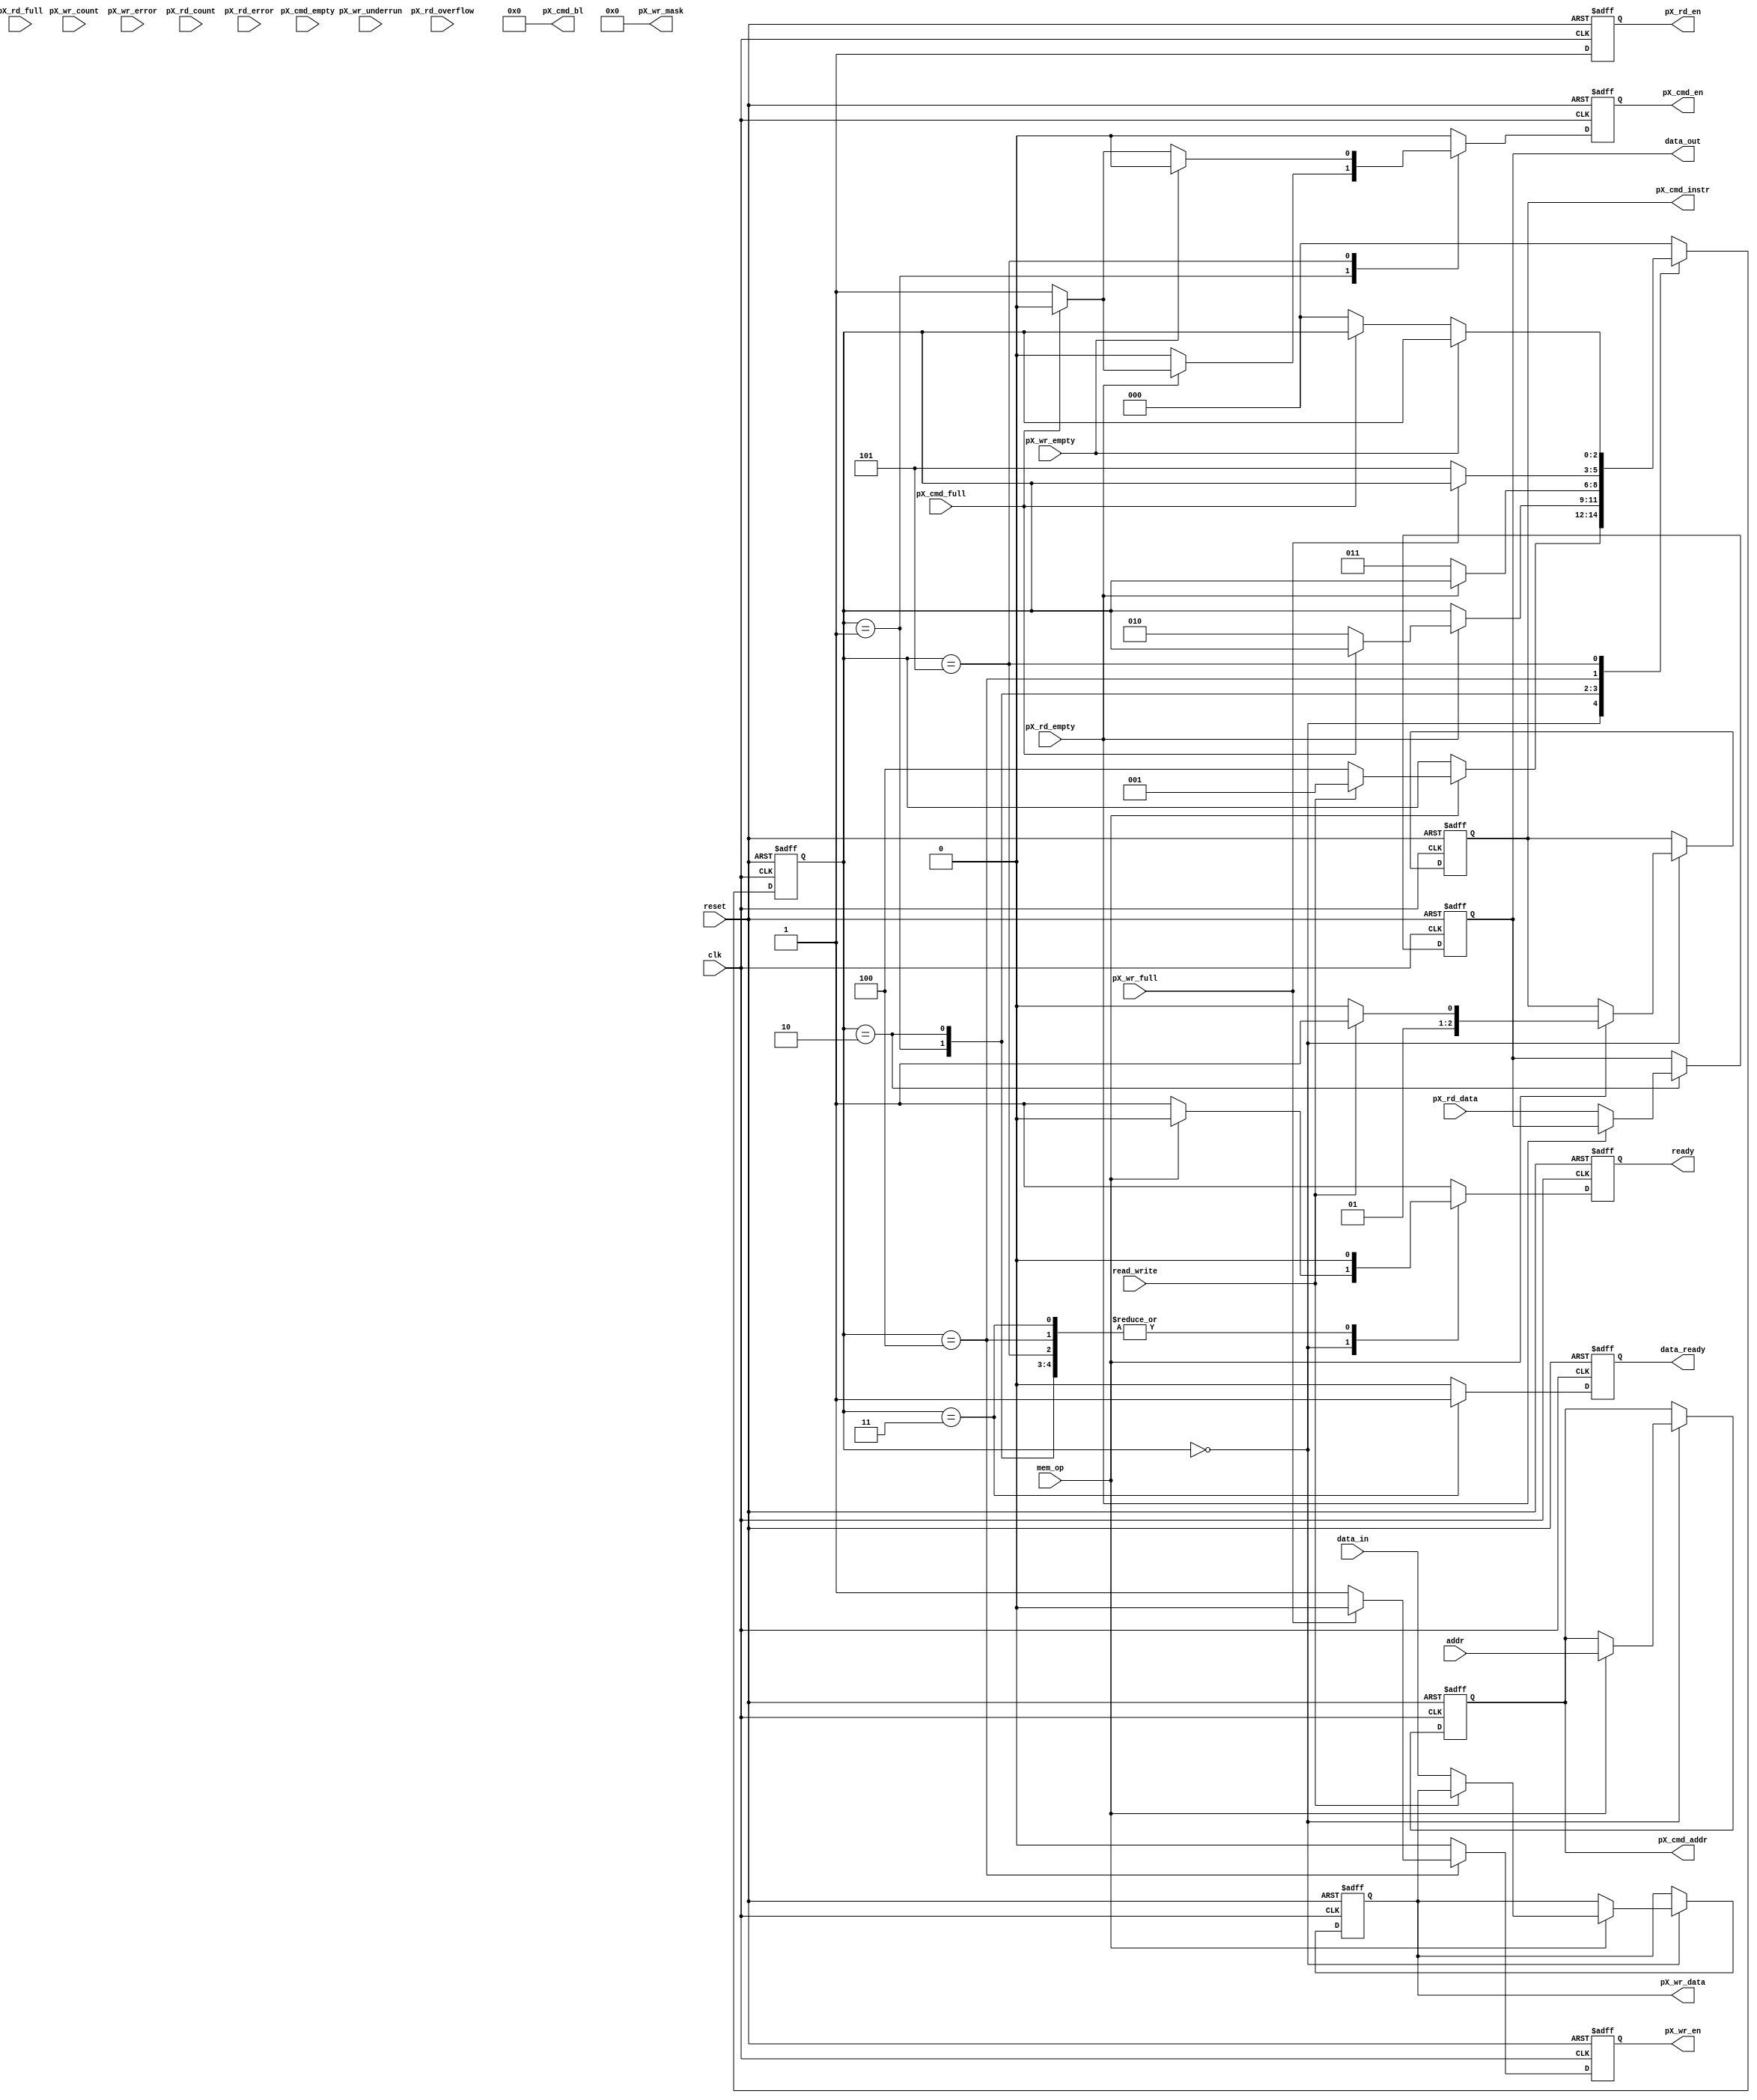
//////////////////////////////////////////////////////////////////////////////////
//
// This controller handles read and write operation from external controllers to
// the DDR2 RAM on the SP601 FPGA through the Memory Controller Block (MCB).
//
// Designed by: Andrei Hanu 
// 
// Last Edited:	 01/30/2013
//
//////////////////////////////////////////////////////////////////////////////////

module Memory_Read_Write_Controller(
		// Input Clock & Reset
		input wire clk, reset,
		
		// To & From Main Controller
		output wire ready,					// Controller status signal (1 == IDLE == ready)
		output wire [31:0] data_out,		// Data from RAM
		input wire [31:0] data_in,			// Data to be written to RAM
		input wire [29:0] addr,				// Address location on the RAM
		input wire read_write,				// Specifies read (1) or write (0) operation
		input wire mem_op,					// Initiate memory operation ( mem_op == 1 )
		output wire data_ready,				// Data ready strobe (1 clock cycle)
		
		// To & From MCB		
		// Command Port
		output wire pX_cmd_en,				// Command FIFO write enable (Active HIGH)
		output wire [2:0] pX_cmd_instr,	// Command FIFO command code
		output wire [5:0] pX_cmd_bl,		// Command FIFO burst length
		output wire [29:0] pX_cmd_addr,	// Command FIFO byte start address
		input wire pX_cmd_empty,			// Command FIFO Empty Flag (Active HIGH)
		input wire pX_cmd_full,				// Command FIFO Full Flag (Active HIGH)
		
		// Write Port		
		output wire pX_wr_en,				// Write FIFO write enable (Active HIGH)
		output wire [3:0] pX_wr_mask,		// Write FIFO data mask bits 
		output wire [31:0] pX_wr_data,	// Write FIFO data value to be loaded into memory
		input wire pX_wr_full,				// Write FIFO full flag (Active HIGH)
		input wire pX_wr_empty,				// Write FIFO empty flag (Active HIGH)
		input wire [6:0] pX_wr_count,		// Write FIFO count value 
		input wire pX_wr_underrun,			// Write FIFO underrun flag (Active HIGH)
		input wire pX_wr_error,				// Write FIFO error flag (Active HIGH)
		
		// Read Port
		output wire pX_rd_en,				// Read FIFO read enable (Active HIGH)
		input wire [31:0] pX_rd_data,		// Read FIFO data value from memory
		input wire pX_rd_full,				// Read FIFO full flag (Active HIGH)
		input wire pX_rd_empty,				// Read FIFO empty flag (Active HIGH)
		input wire [6:0] pX_rd_count,		// Read FIFO count value 
		input wire pX_rd_overflow,			// Read FIFO overflow flag (Active HIGH)
		input wire pX_rd_error				// Read FIFO error flag (Active HIGH)
		
   );
	
	// Symbolic State Declaration
	localparam [2:0]
		idle 		= 		3'b000,
		read1 	= 		3'b001,
		read2 	= 		3'b010,
		read3 	= 		3'b011,
		write1	=		3'b100,
		write2	=		3'b101;
		
	// Symbolic State for Command Code Instructions
	localparam [2:0]
		write		=		3'b000,						// Write
		read		=		3'b001,						// Read
		write_p	=		3'b010,						// Write with Auto Precharge
		read_p	=		3'b011;						// Read with Auto Precharge
	
	// Internal Signals/Registers
	reg ready_reg;
	reg [2:0] state_reg;								// State register
	reg [31:0] data_out_reg;						// Data from RAM to FPGA
	reg [31:0] data_in_reg;							// Data from FPGA to RAM
	reg [29:0] addr_reg;								// Address from FPGA
	reg [2:0] cmd_instr_reg;						// Command Code Register
	reg cmd_en_reg;
	reg wr_en_reg;
	reg rd_en_reg;
	reg data_ready_reg;								// Data ready strobe
	
		
	// Synchronous FSM
	always @(posedge clk, posedge reset) 
	begin		
		if (reset) begin	
			ready_reg <= 1;
			state_reg <= idle;
			data_out_reg <= 0;
			data_in_reg <= 0;
			addr_reg <= 0;
			cmd_instr_reg <= read_p;				// Read as default	
			cmd_en_reg <= 0;
			wr_en_reg <= 0;
			rd_en_reg <= 0;
			data_ready_reg <= 0;			
		end
		else begin	
		
			ready_reg <= 1;
			cmd_en_reg <= 0;
			wr_en_reg <= 0;
			rd_en_reg <= 1;
			data_ready_reg <= 0;	
			
			case (state_reg)
				idle:
					begin					
						if (mem_op) begin														
							// Load Address
							addr_reg <= addr;
							if (read_write) begin
								// Read Operation
								cmd_instr_reg <= read_p;
								state_reg <= read1;
							end
							else begin
								// Write Operation
								cmd_instr_reg <= write_p;
								data_in_reg <= data_in;
								state_reg <= write1;
							end
							// Not ready anymore
							ready_reg <= 0;
						end
					end
				read1:
					begin
						ready_reg <= 0;						
						if (pX_rd_empty) begin
							if (~pX_cmd_full) begin
								cmd_en_reg <= 1;
								state_reg <= read2;
							end
						end
					end
				read2:
					begin
						ready_reg <= 0;
						if (~pX_rd_empty) begin						
							data_out_reg <= pX_rd_data;						
							state_reg <= read3;
						end						
					end
				read3:
					begin	
						ready_reg <= 0;
						data_ready_reg <= 1;							
						state_reg <= idle;
					end
				write1:
					begin
						ready_reg <= 0;
						if (~pX_wr_full) begin
							wr_en_reg <= 1;
							state_reg <= write2;							
						end						
					end
				write2:
					begin
						ready_reg <= 0;
						if (~pX_wr_empty) begin
							if (~pX_cmd_full) begin	
								cmd_en_reg <= 1;
								state_reg <= idle;
							end
						end						
					end
				default: 
					state_reg <= idle;
			endcase
		end
	end
	
	// To FPGA
	assign ready = ready_reg;
	assign data_out = data_out_reg;
	assign data_ready = data_ready_reg;
	
	// Command FIFO
	assign pX_cmd_en = cmd_en_reg;
	assign pX_cmd_instr = cmd_instr_reg;
	assign pX_cmd_bl = 6'b000000;				// Burst Length = 1
	assign pX_cmd_addr = addr_reg;
	
	// Write FIFO
	assign pX_wr_en = wr_en_reg;
	assign pX_wr_mask = 4'b0000;
	assign pX_wr_data = data_in_reg;
	
	// Read FIFO
	assign pX_rd_en = rd_en_reg;

endmodule